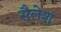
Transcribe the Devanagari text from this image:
सैलेश